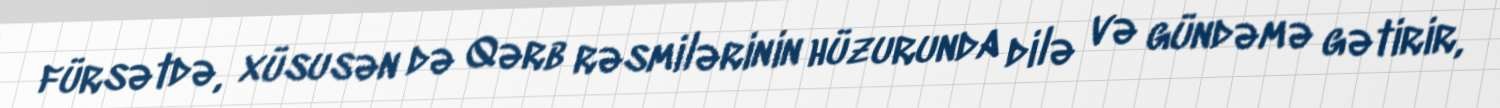
fürsətdə, xüsusən də Qərb rəsmilərinin hüzurunda dilə və gündəmə gətirir,